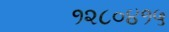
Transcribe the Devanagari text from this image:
१२८०४१५